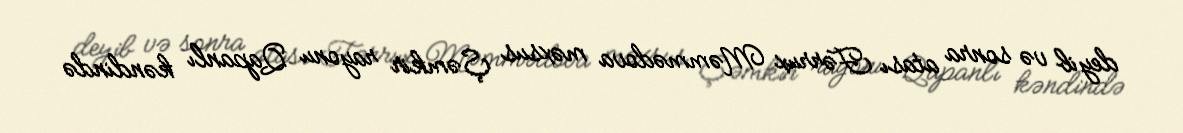
deyib və sonra atası Fərrux Məmmədova məxsus Şəmkir rayonu Qapanlı kəndində